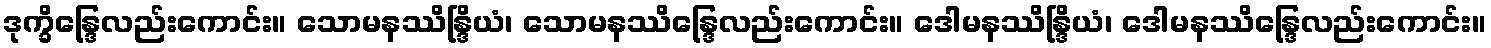
ဒုက္ခိန္ဒြေလည်းကောင်း။ သောမနဿိန္ဒြိယံ၊ သောမနဿိန္ဒြေလည်းကောင်း။ ဒေါမနဿိန္ဒြိယံ၊ ဒေါမနဿိန္ဒြေလည်းကောင်း။